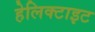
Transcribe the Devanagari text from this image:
हेलिक्टाइट